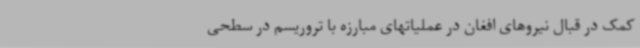
کمک در قبال نیروهای افغان در عملیاتهای مبارزه با تروریسم در سطحی